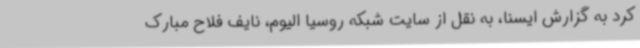
کرد به گزارش ایسنا، به نقل از سایت شبکه روسیا الیوم، نایف فلاح مبارک